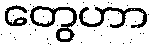
တွေဟာ